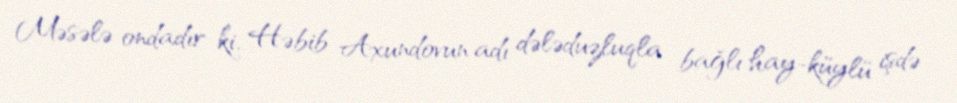
Məsələ ondadır ki, Həbib Axundovun adı dələduzluqla bağlı hay-küylü işdə